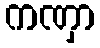
ကဏှာ